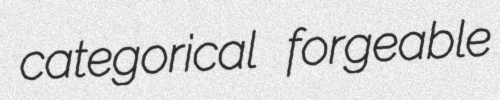
categorical forgeable